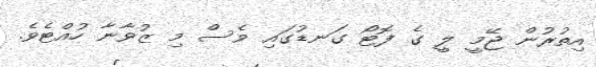
އިތުރުން ޖޭމީ ލީ ގެ ފޮޓޯ ގަނޑުގައި ވެސް މި ޒުވާނާ ހުއްޓެވެ.